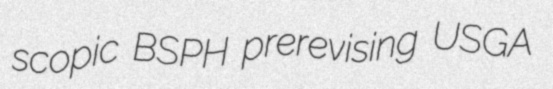
scopic BSPH prerevising USGA